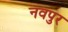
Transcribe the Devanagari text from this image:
नवपुर